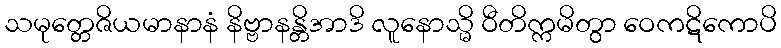
သမုတ္တေဇိယမာနာနံ နိဗ္ဗာနန္တိအာဒိ လူနောသ္မိ ဝီတိက္ကမိတွာ ဝေကဋိကောပိ